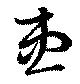
患